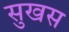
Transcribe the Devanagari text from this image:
सुखस